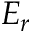
E _ { r }